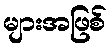
များအဖြစ်